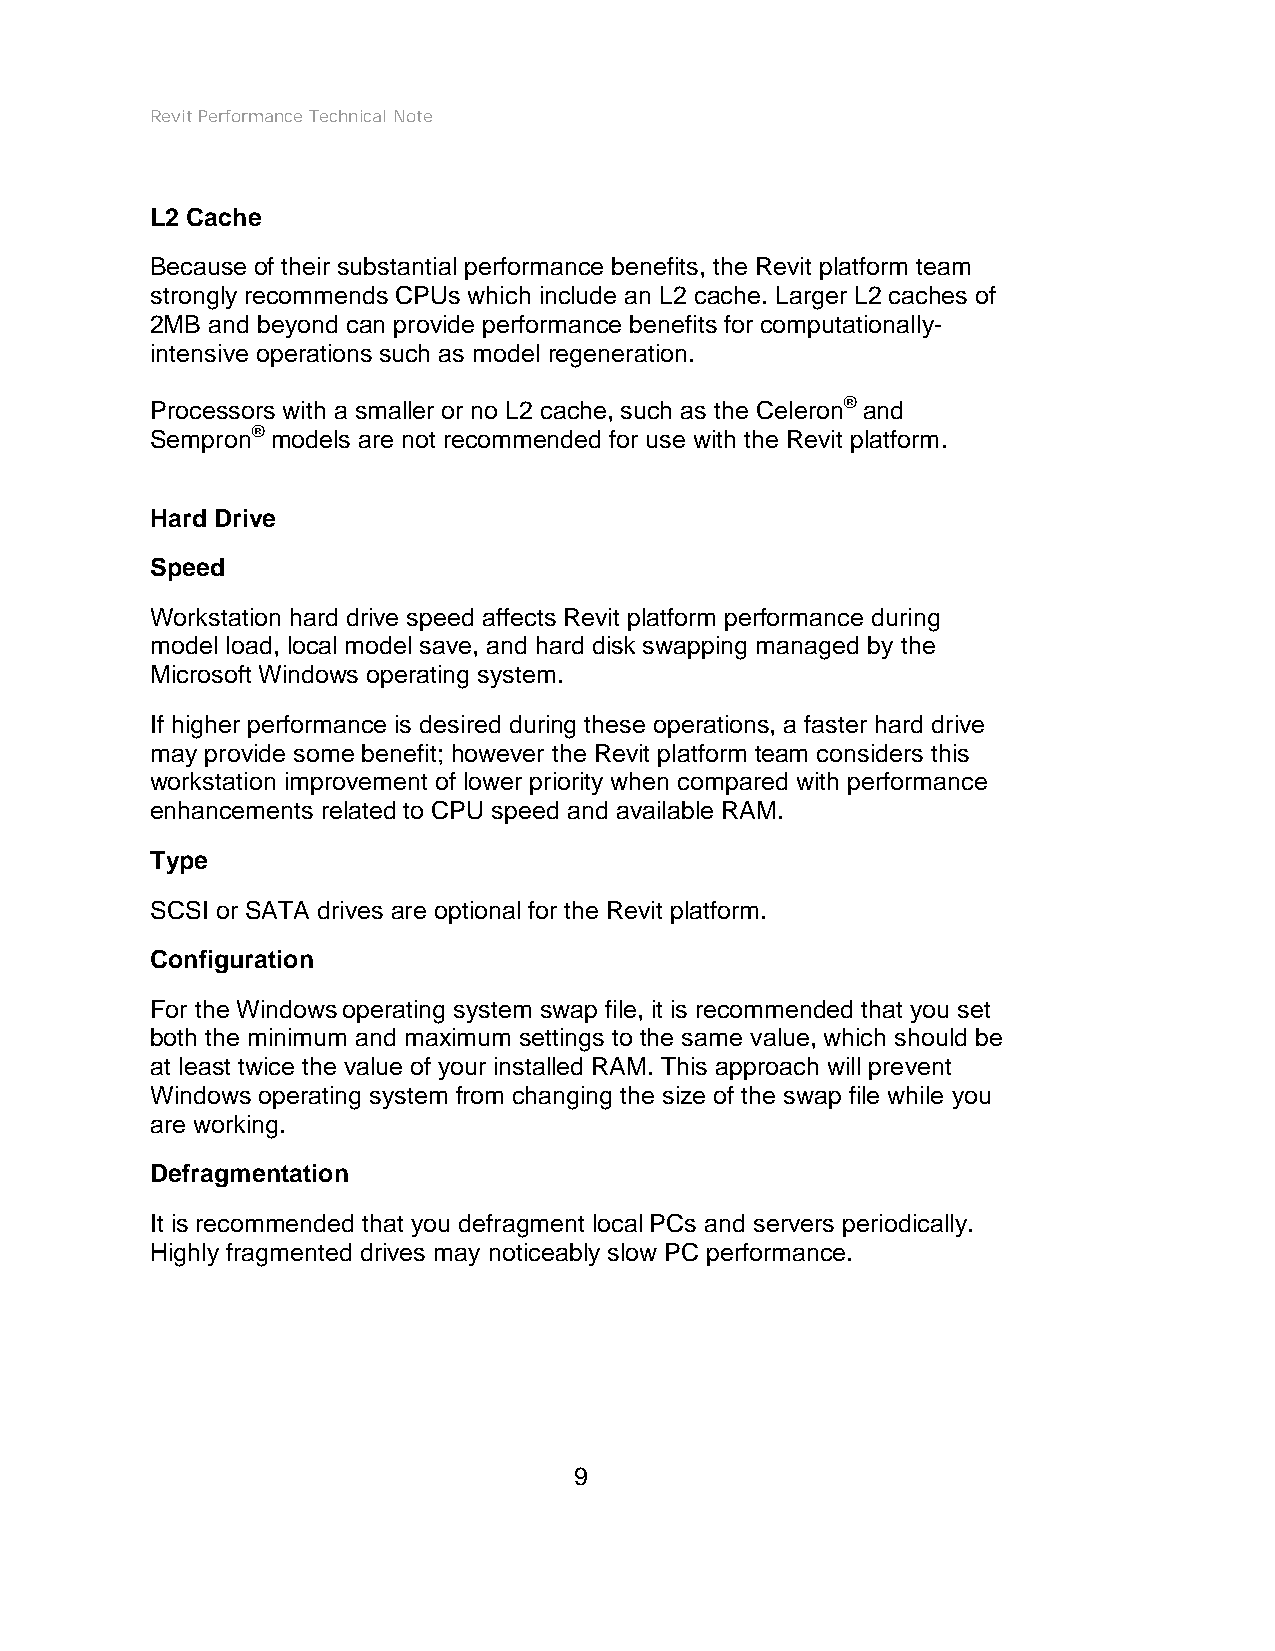
Revit Performance Technical Note
 L2 Cache
 Because of their substantial performance benefits, the Revit platform team
 strongly recommends CPUs which include an L2 cache. Larger L2 caches of
 2MB and beyond can provide performance benefits for computationally-
 intensive operations such as model regeneration.
 Processors with a smaller or no L2 cache, such as the Celeron® and
 Sempron® models are not recommended for use with the Revit platform.
 Hard Drive
 Speed
 Workstation hard drive speed affects Revit platform performance during
 model load, local model save, and hard disk swapping managed by the
 Microsoft Windows operating system.
 If higher performance is desired during these operations, a faster hard drive
 may provide some benefit; however the Revit platform team considers this
 workstation improvement of lower priority when compared with performance
 enhancements related to CPU speed and available RAM.
 Type
 SCSI or SATA drives are optional for the Revit platform.
 Configuration
 For the Windows operating system swap file, it is recommended that you set
 both the minimum and maximum settings to the same value, which should be
 at least twice the value of your installed RAM. This approach will prevent
 Windows operating system from changing the size of the swap file while you
 are working.
 Defragmentation
 It is recommended that you defragment local PCs and servers periodically.
 Highly fragmented drives may noticeably slow PC performance.
 9